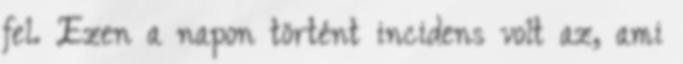
fel. Ezen a napon történt incidens volt az, ami